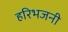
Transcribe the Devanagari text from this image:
हरिभजनी